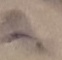
Text: A1